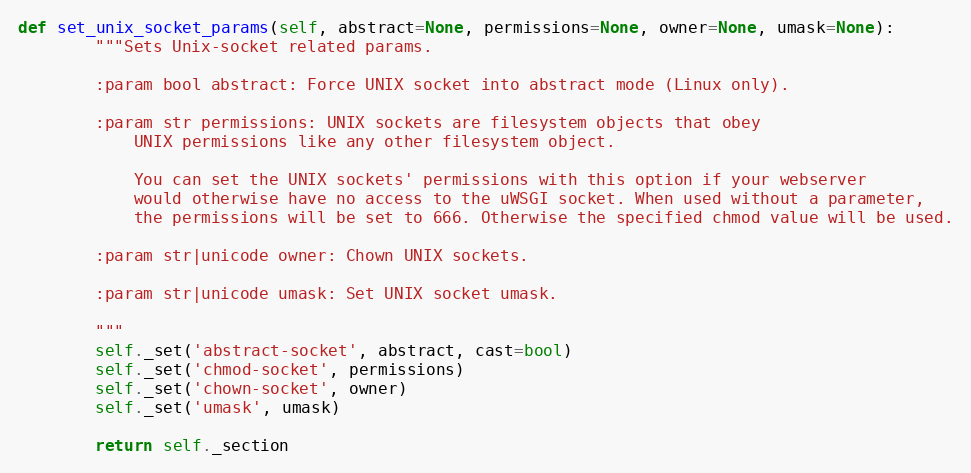
Language: Python
def set_unix_socket_params(self, abstract=None, permissions=None, owner=None, umask=None):
        """Sets Unix-socket related params.

        :param bool abstract: Force UNIX socket into abstract mode (Linux only).

        :param str permissions: UNIX sockets are filesystem objects that obey
            UNIX permissions like any other filesystem object.

            You can set the UNIX sockets' permissions with this option if your webserver
            would otherwise have no access to the uWSGI socket. When used without a parameter,
            the permissions will be set to 666. Otherwise the specified chmod value will be used.

        :param str|unicode owner: Chown UNIX sockets.

        :param str|unicode umask: Set UNIX socket umask.

        """
        self._set('abstract-socket', abstract, cast=bool)
        self._set('chmod-socket', permissions)
        self._set('chown-socket', owner)
        self._set('umask', umask)

        return self._section